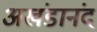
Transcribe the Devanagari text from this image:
अखंडानंद